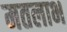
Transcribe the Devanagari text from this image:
मतलाभ